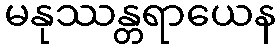
မနုဿန္တရာယေန